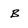
Character: B